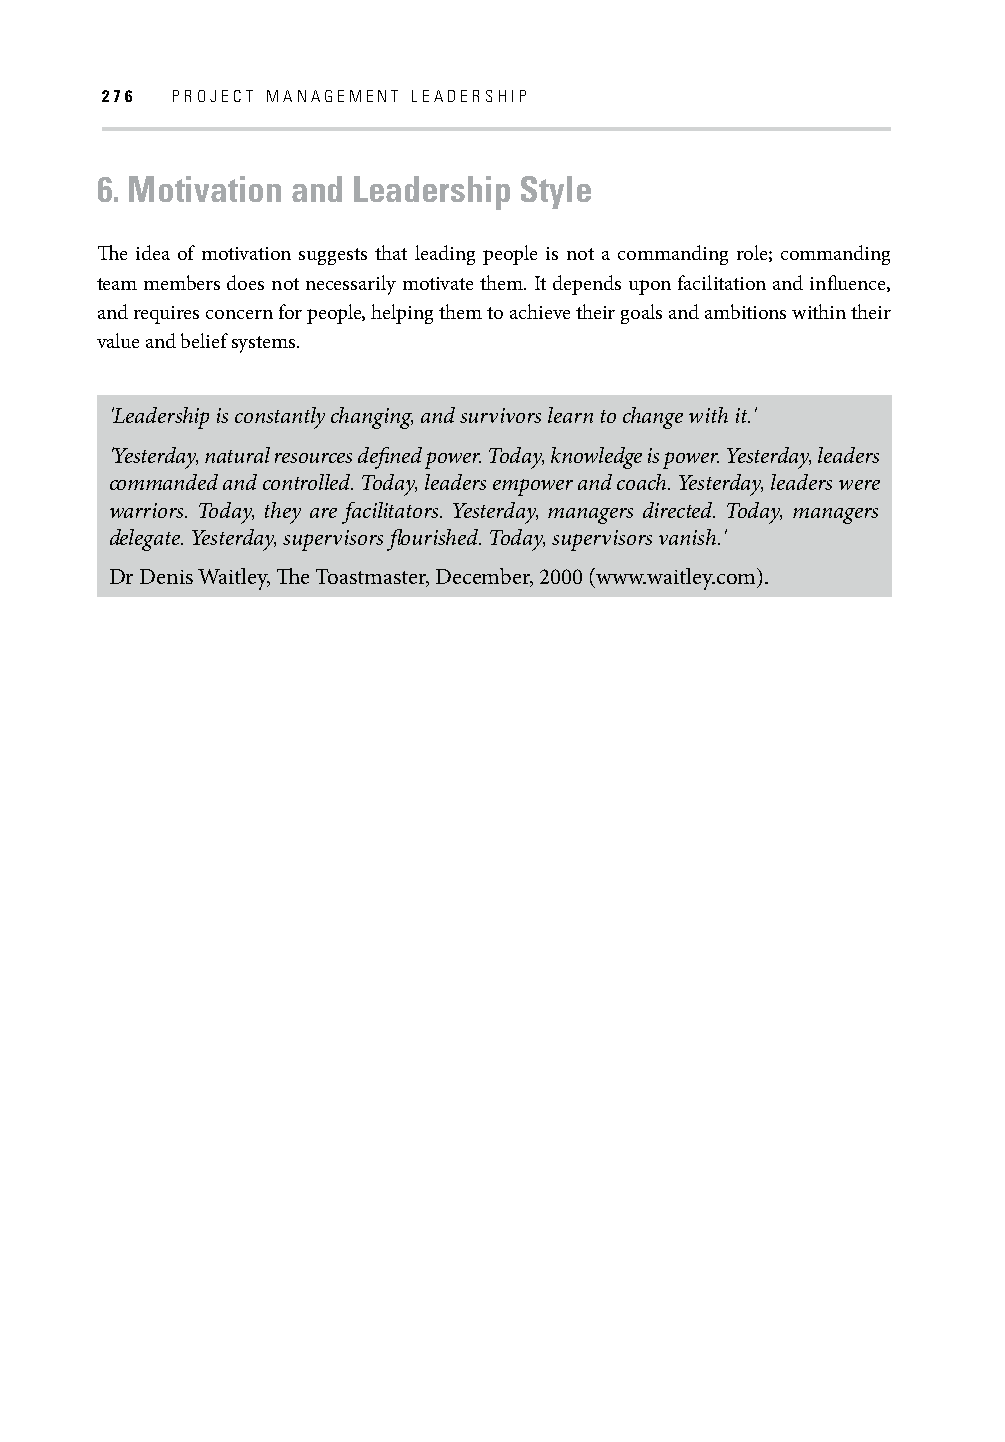
276 PROJECT MANAGEMENT LEADERSHIP
 6. Motivation and Leadership Style
 Th e idea of motivation suggests that leading people is not a commanding role; commanding
 team members does not necessarily motivate them. It depends upon facilitation and infl uence,
 and requires concern for people, helping them to achieve their goals and ambitions within their
 value and belief systems.
 'Leadership is constantly changing, and survivors learn to change with it.'
 'Yesterday, natural resources defi ned power. Today, knowledge is power. Yesterday, leaders
 commanded and controlled. Today, leaders empower and coach. Yesterday, leaders were
 warriors. Today, they are facilitators. Yesterday, managers directed. Today, managers
 delegate. Yesterday, supervisors fl ourished. Today, supervisors vanish.'
 Dr Denis Waitley, Th e Toastmaster, December, 2000 (www.waitley.com).